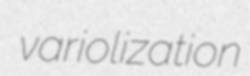
variolization